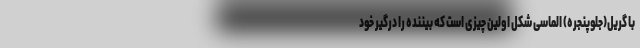
با گریل(جلوپنجره) الماسی شکل اولین چیزی است که بیننده را درگیر خود